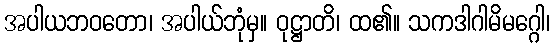
အပါယဘဝတော၊ အပါယ်ဘုံမှ။ ဝုဋ္ဌာတိ၊ ထ၏။ သကဒါဂါမိမဂ္ဂေါ၊